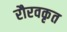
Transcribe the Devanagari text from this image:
रौरवकृत